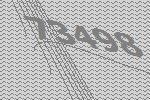
73498